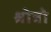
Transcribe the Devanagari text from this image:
श्रोत्रो